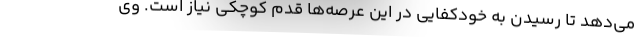
می‌دهد تا رسیدن به خودکفایی در این عرصه‌ها قدم کوچکی نیاز است. وی